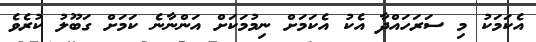
އެކަމަކު މި ސަރަހައްދާ އެކު އެކަމަށް ނިމުމަކަށް އަންނާނެ ކަމަށް ގަބޫލު ކުރެވެ